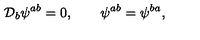
{ \cal D } _ { b } \psi ^ { a b } = 0 , \quad \quad \psi ^ { a b } = \psi ^ { b a } ,